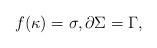
LaTeX: \begin{align*}f(\kappa)=\sigma,\partial\Sigma=\Gamma,\end{align*}